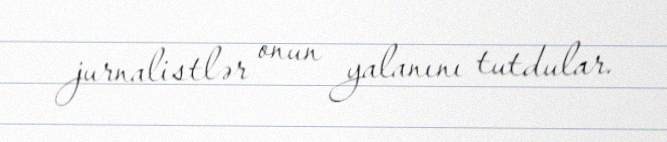
jurnalistlər onun yalanını tutdular.